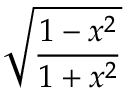
\sqrt { \frac { 1 - x ^ { 2 } } { 1 + x ^ { 2 } } }